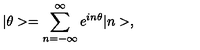
| \theta > = \sum _ { n = - \infty } ^ { \infty } e ^ { i n \theta } | n > ,